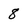
Character: 8